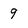
Character: 9